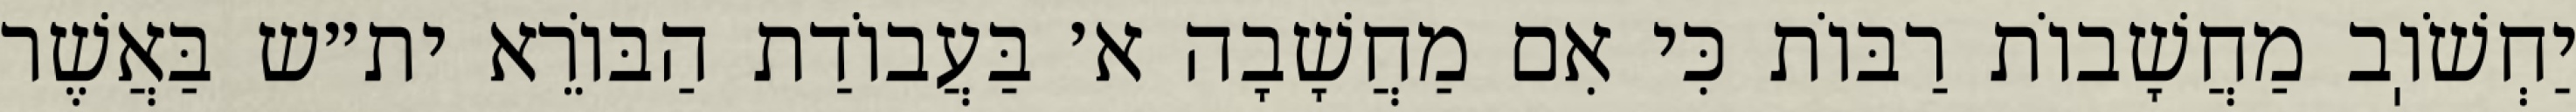
יַחְשֹׁוֽב מַחֲשָׁבוֹת רַבּוֹת כִּי אִם מַחֲשָׁבָה א׳ בַּעֲבוֹדַת הַבּוֹרֵא ית״ש בַּאֲשֶׁר